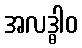
အလဒ္ဓါဝ